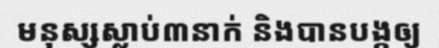
មនុស្សស្លាប់៣នាក់ និងបានបង្កឲ្យ